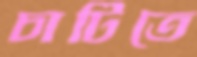
চাটিতে